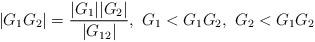
LaTeX: \begin{align*}|G_1G_2|=\frac{|G_1||G_2|}{|G_{12}|},~G_1 < G_1G_2,~G_2 < G_1G_2\end{align*}